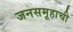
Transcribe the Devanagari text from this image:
जनसमूहाची